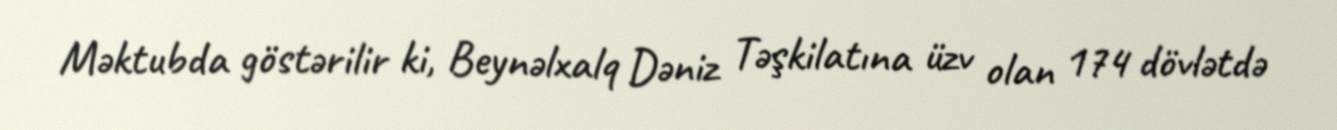
Məktubda göstərilir ki, Beynəlxalq Dəniz Təşkilatına üzv olan 174 dövlətdə